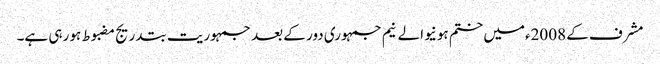
مشرف کے 2008ءمیں ختم ہونیوالے نیم جمہوری دور کے بعد جمہوریت بتدریج مضبوط ہو رہی ہے۔